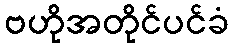
ဗဟိုအတိုင်ပင်ခံ